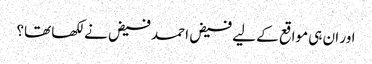
اور ان ہی مواقع کے لیے فیض احمد فیض نے لکھا تھا؟